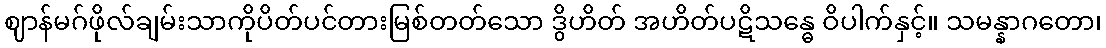
ဈာန်မဂ်ဖိုလ်ချမ်းသာကိုပိတ်ပင်တားမြစ်တတ်သော ဒွိဟိတ် အဟိတ်ပဋိသန္ဓေ ဝိပါက်နှင့်။ သမန္နာဂတော၊